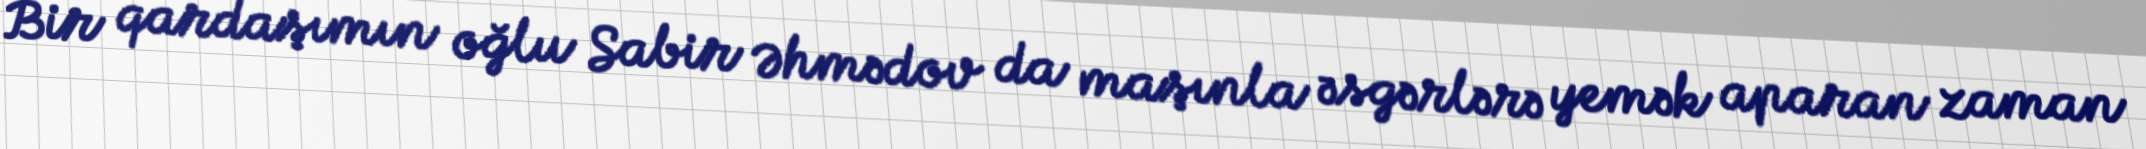
Bir qardaşımın oğlu Sabir Əhmədov da maşınla əsgərlərə yemək aparan zaman